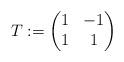
LaTeX: \begin{align*}T := \begin{pmatrix} 1 & -1 \\ 1 & 1 \end{pmatrix} \end{align*}